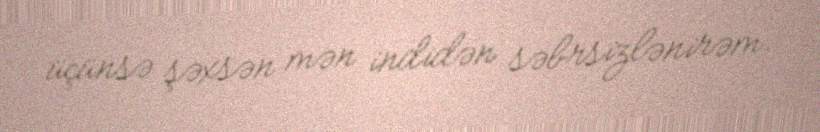
üçünsə şəxsən mən indidən səbrsizlənirəm.